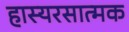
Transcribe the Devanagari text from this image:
हास्यरसात्मक